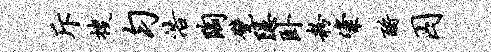
斥搜匀浩陶甓隐卧粉粢酹囚